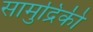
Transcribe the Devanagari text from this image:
सामुद्रिकी